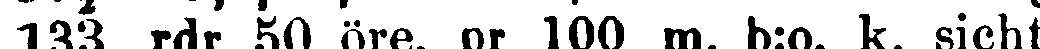
133 rdr 50 öre, pr 100 m. b:o, k. sicht.